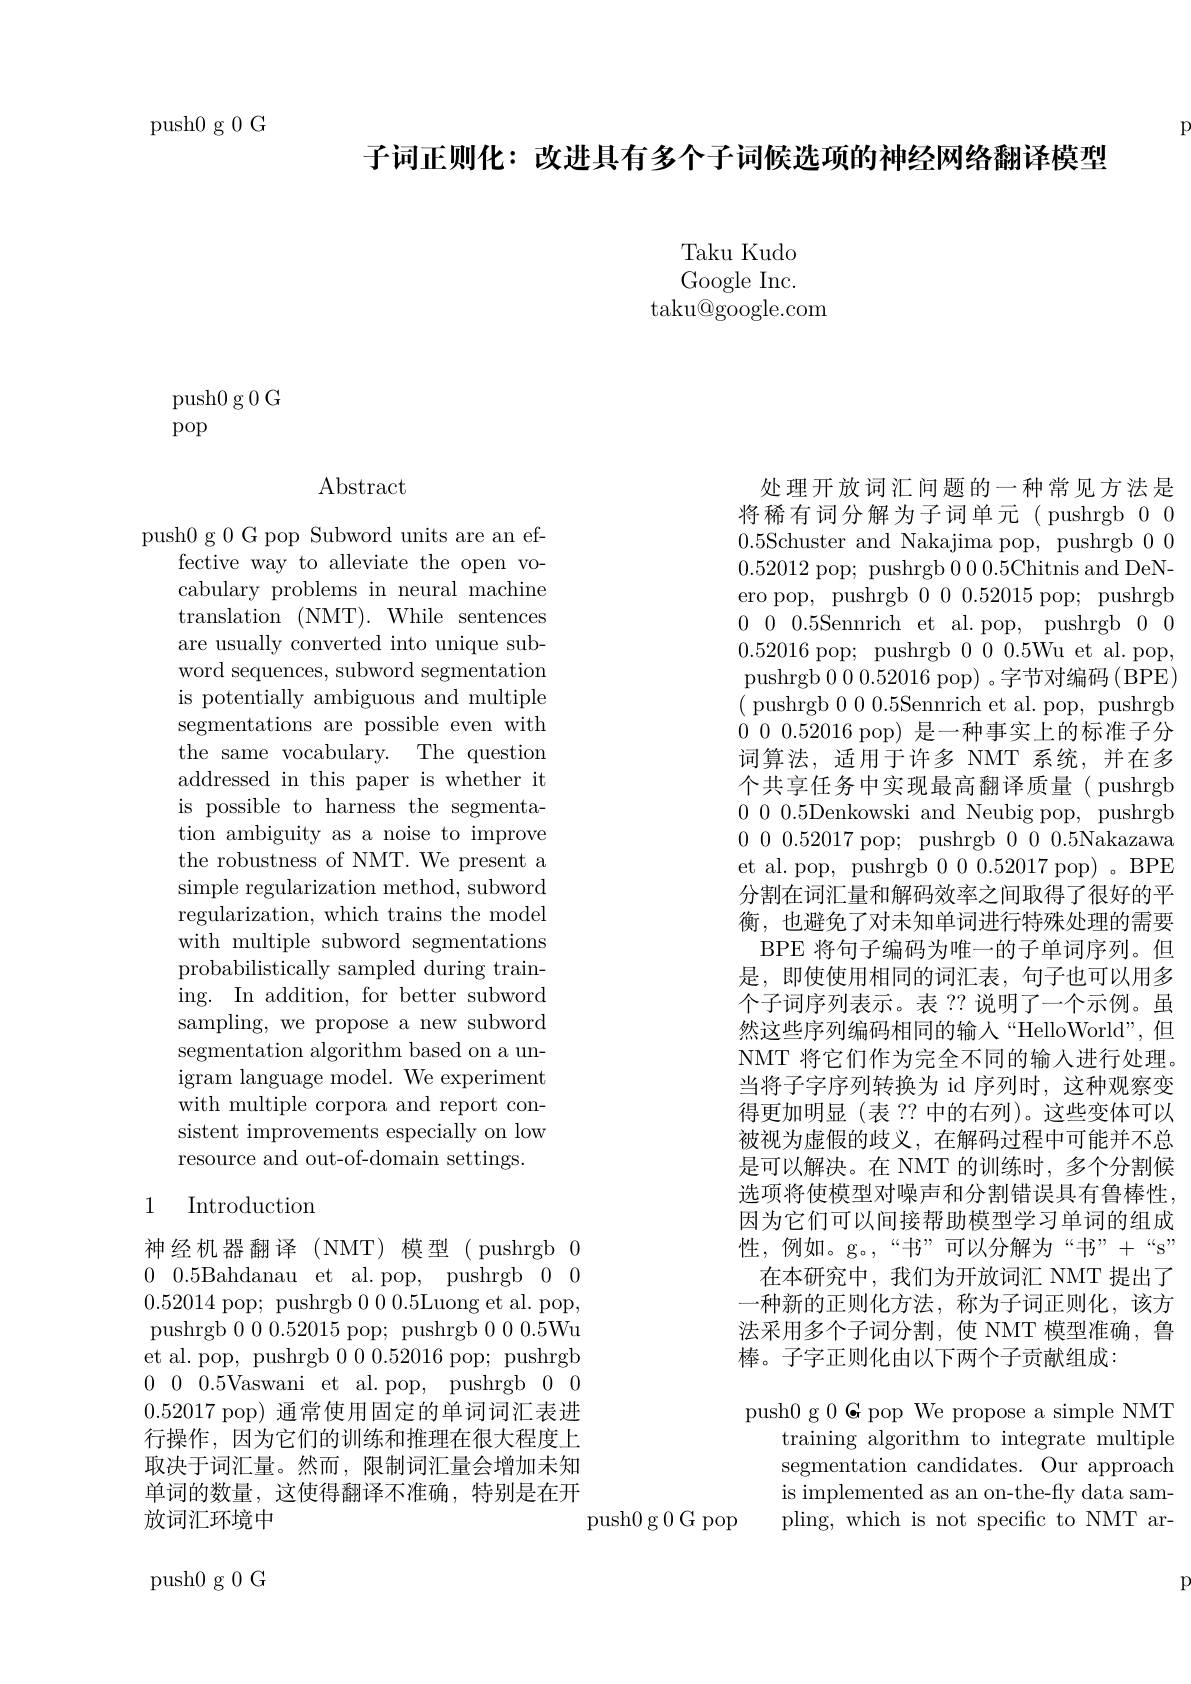
push0g0G

$F$

子词正则化：改进具有多个子词候选项的神经网络翻译模型

Taku Kudo Google Inc.
$\operatorname{taku@google.com}$

push0g0G
pop

$\operatorname{Abstract}$

push0 g 0 G pop Subword units are an ef-
fective way to alleviate the open vocabulary problems in neural machine translation (NMT). While sentences are usually converted into unique subword sequences, subword segmentation is potentially ambiguous and multiple segmentations are possible even with the same vocabulary. The question addressed in this paper is whether it is possible to harness the segmentation ambiguity as a noise to improve the robustness of NMT. We present a simple regularization method, subword regularization, which trains the model with multiple subword segmentations probabilistically sampled during training. In addition, for better subword sampling, we propose a new subword segmentation algorithm based on a unigram language model. We experiment with multiple corpora and report consistent improvements especially on low resource and out-of-domain settings.

## 1 Introduction

神经机器翻译(NMT)模型(pushrgb00 0.5Bahdanau et al.pop, pushrgb 0 00.52014 pop; pushrgb 000.5Luong et al. pop, pushrgb 000.52015 pop; pushrgb 000.5Wu et al. pop, pushrgb 000.52016 pop; pushrgb 0 0 0.5Vaswani et al.pop, pushrgb 0 00.52017 pop) 通常使用固定的单词词汇表进行操作，因为它们的训练和推理在很大程度上取决于词汇量。然而，限制词汇量会增加未知单词的数量，这使得翻译不准确，特别是在开放词汇环境中

push0g0G

处理开放词汇问题的一种常见方法是将稀有词分解为子词单元(pushrgb000.5Schuster and Nakajima pop, pushrgb 000.52012 pop; pushrgb 00.5Chitnis and DeNero pop, pushrgb 0000.52015 pop; pushrgb 0 0 0.5Sennrich et al.pop, pushrgb 0 00.52016 pop; pushrgb 0000.5Wu et al. pop, pushrgb 0 0 0.52016 pop) 。字节对编码(BPE) ( pushrgb 000.5Sennrich et al. pop, pushrgb 0 0 0 0.52016 pop) 是一种事实上的标准子分词算法，适用于许多 NMT 系统，并在多个共享任务中实现最高翻译质量( pushrgb 0000.5Denkowski and Neubig pop, pushrgb 0 0 0.52017 pop; pushrgb 0 0 0.5Nakazawa et al. pop, pushrgb 000.52017 pop)。BPE 分割在词汇量和解码效率之间取得了很好的平衡，也避免了对未知单词进行特殊处理的需要BPE 将句子编码为唯一的子单词序列。但是，即使使用相同的词汇表，句子也可以用多个子词序列表示。表 ?? 说明了一个示例。虽然这些序列编码相同的输入“HelloWorld”,但NMT 将它们作为完全不同的输入进行处理。当将子字序列转换为 id 序列时，这种观察变得更加明显(表 ?? 中的右列)。这些变体可以被视为虚假的歧义，在解码过程中可能并不总是可以解决。在 NMT 的训练时，多个分割候选项将使模型对噪声和分割错误具有鲁棒性， 因为它们可以间接帮助模型学习单词的组成性，例如。g。“书”可以分解为“书”+“s”
在本研究中，我们为开放词汇 NMT 提出了一种新的正则化方法，称为子词正则化，该方法采用多个子词分割，使 NMT 模型准确，鲁棒。子字正则化由以下两个子贡献组成：
push0 g 0 G pop We propose a simple NMT

training algorithm to integrate multiple segmentation candidates. Our approach is implemented as an on-the-fly data sampling, which is not specific to NMT ar-

push0g0G pop

F